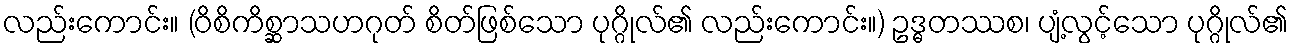
လည်းကောင်း။ (ဝိစိကိစ္ဆာသဟဂုတ် စိတ်ဖြစ်သော ပုဂ္ဂိုလ်၏ လည်းကောင်း။) ဥဒ္ဓတဿစ၊ ပျံ့လွင့်သော ပုဂ္ဂိုလ်၏